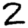
Digit: 2